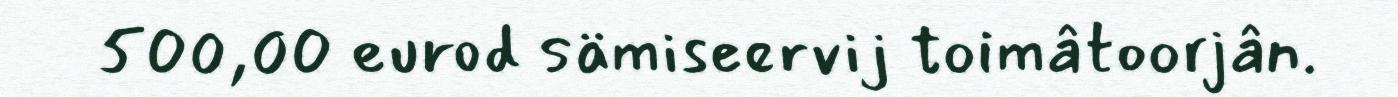
500,00 eurod sämiseervij toimâtoorjân.